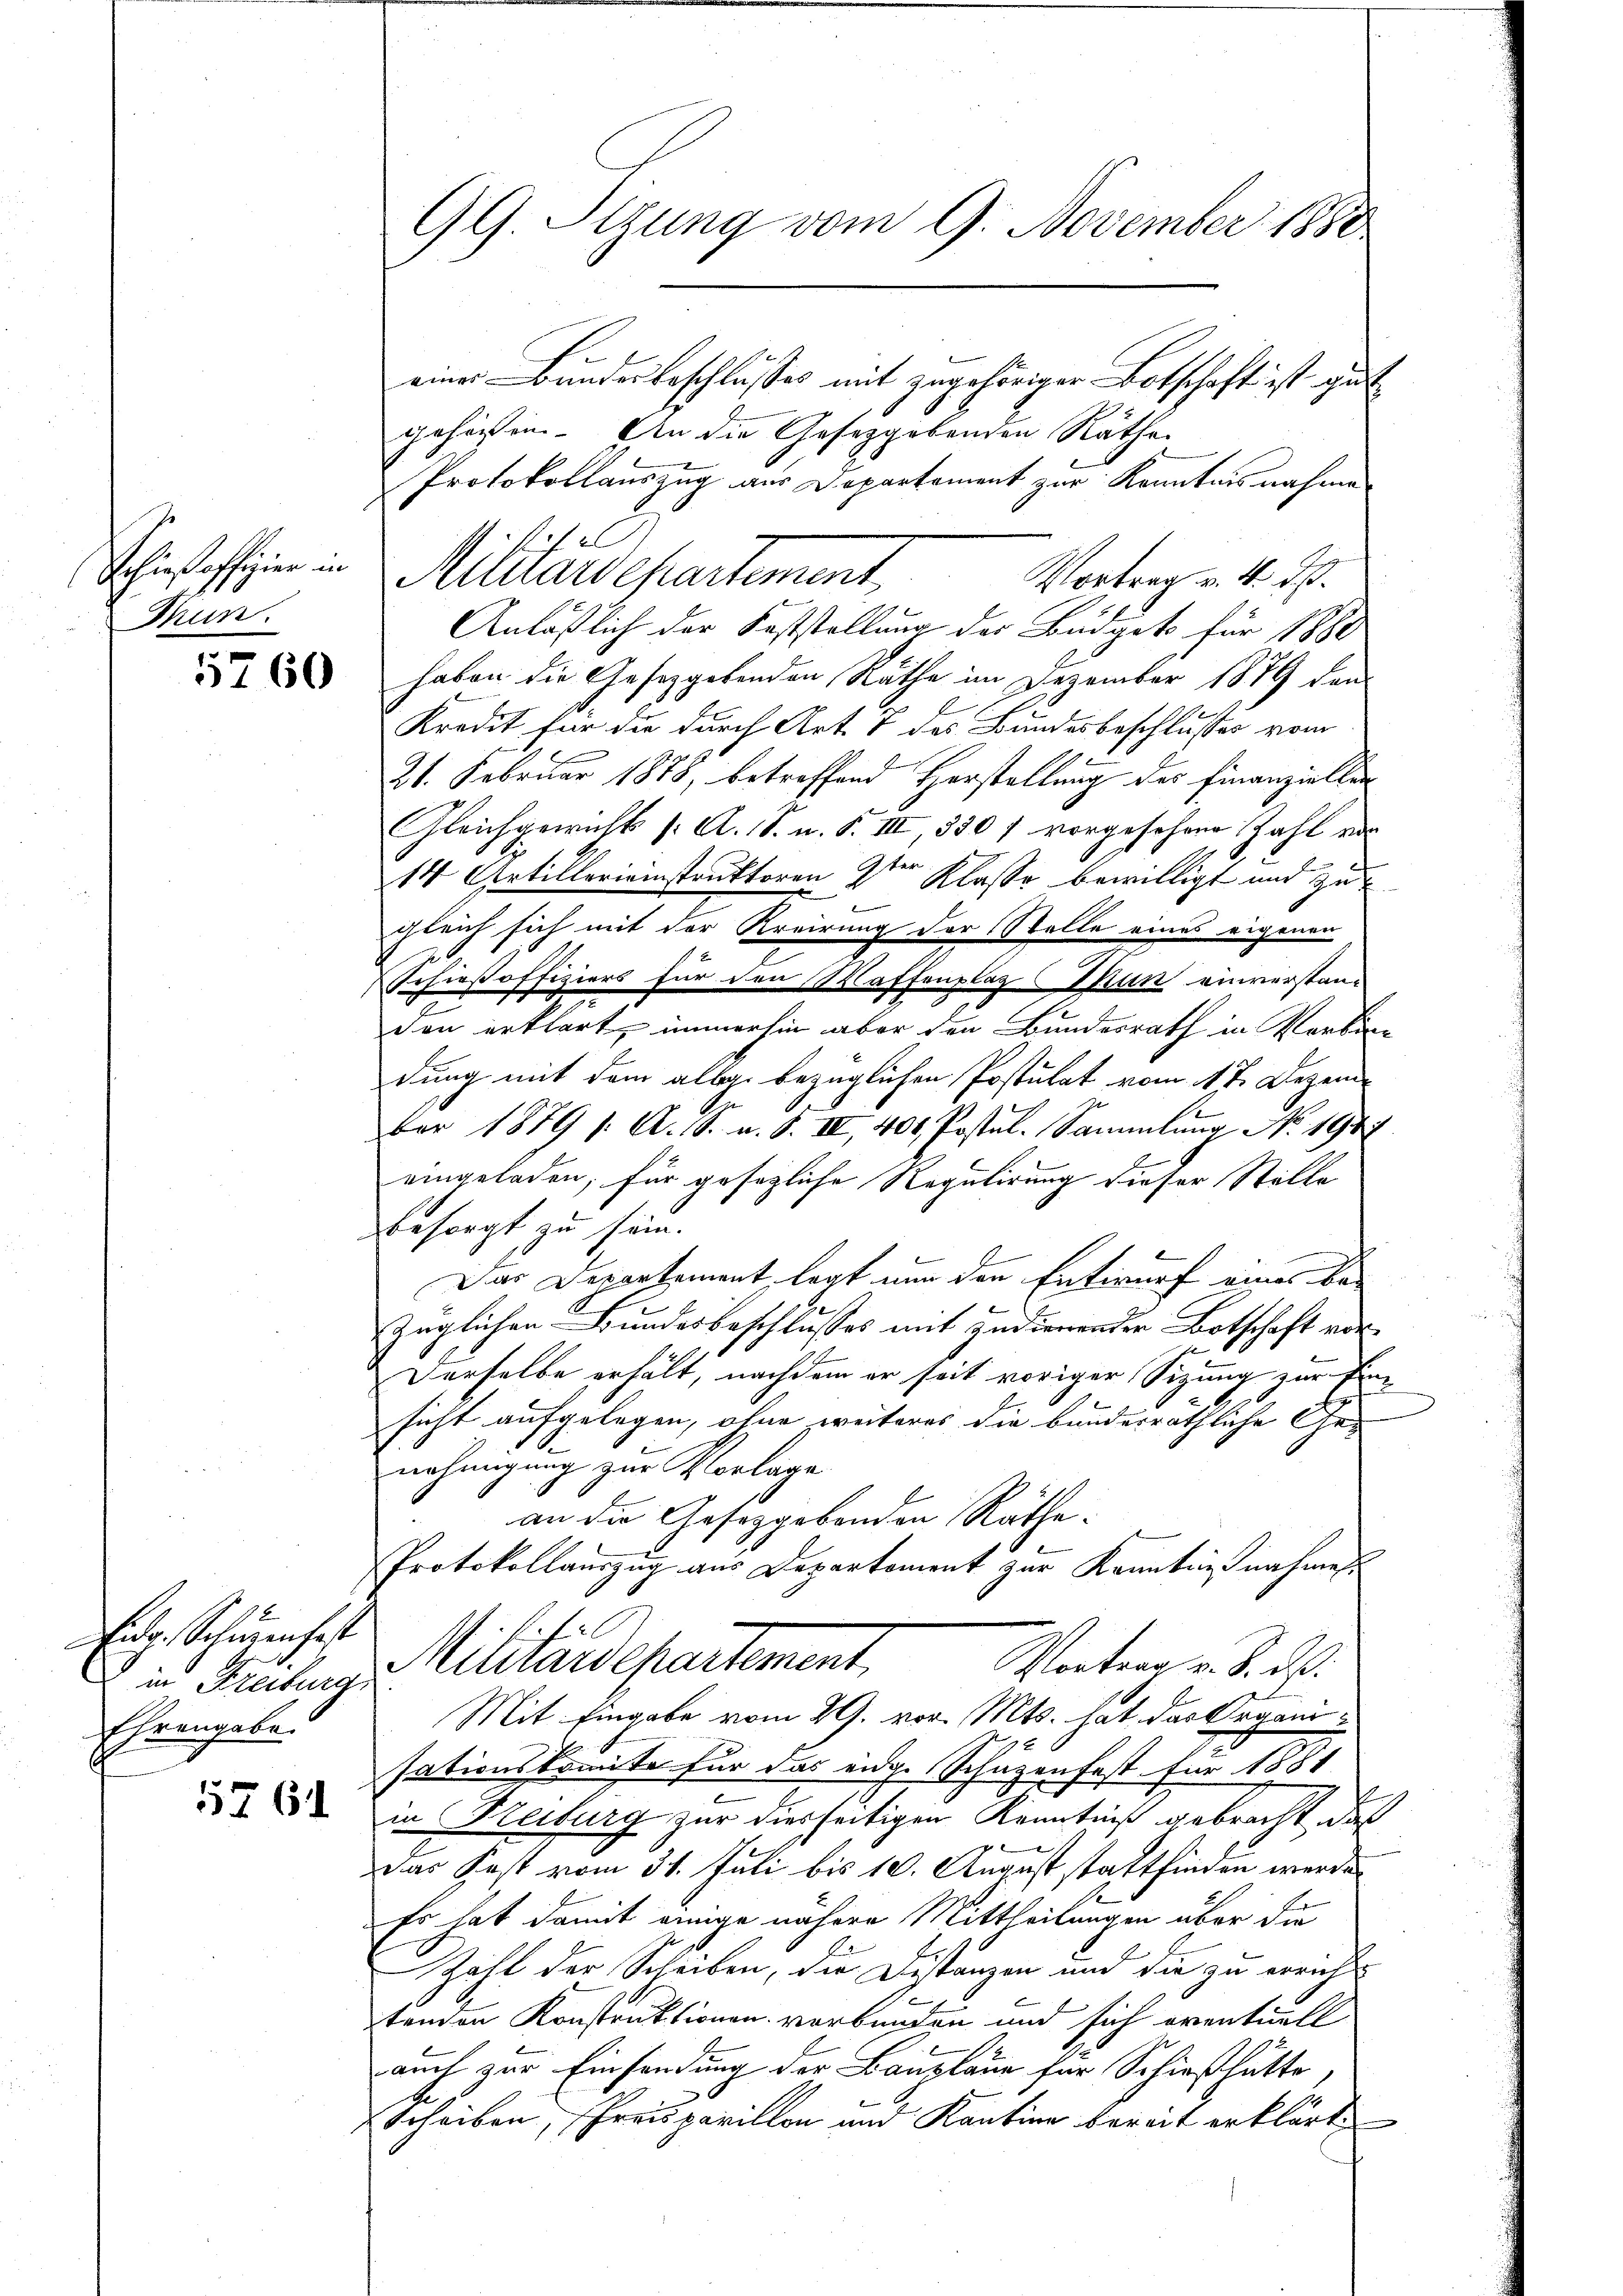
Sohin offizier in
Thun.

5760

Eid. Schmen hast
in Freiburg
Ehrengabe.

5761

einer Bundesbeschlusses mit zugehöriger Botschaft ist gut
gehören. An die Gesetzgebenden Räthe
Protokollauszug aus Departement zur Kenntnisnahme
1 Pf.
Auuardepartement
Vortrag v. 4. ds.
Anläßlich der Feststellung der Budgets für 1880
haben die Gesetzgebenden Räthe im Dezember 1879 den
Kredit für die durch Art. 1 des Bundesbeschlusses vom
21. Februar 1878, betreffend Herstellung des Finanziellen
Gleichgewicht /: A. S. u. S. III, 530 f vorgesehene Zahl ad
14 Artillerinstruktoren 2ten Klasse bewilligt und zu
gleich sich mit der Kreisung der Stelle eines eigenen
Schießoffiziers für den Waffenplaz Man einverstan-
den erklärt, immerhin aber den Bundesrath in Verbin-
dung mit dem allg. bezüglichen Postulat vom 17. Dezember 1879 f. A. S. a. S. IV, 400. Postul. Sammlung No. 1947
eingeladen; für gesezliche Regulirung dieser Stille
besorgt zu sein.
Das Departement legt nun den Entwurf eines bezüglichen Bundesbeschlusses mit Indienender Botschaft vor¬
Derselbe erhält, nachdem er seit voriger Sizung zur Einsicht aufgelegen, ohne weiteres die bundesräthliche Ge-
nehmigung zur Vorlage
an die Gesetzgebenden Räthe.
Protokollauszug aus Departement zur Kenntnisnahmen.
Militärdepartement,
Vortrag v. 8. ds.
Mit Eingabe vom 29. vor. Mts. hat, das Organisationskomite für das enge Schäzenfest für 1881
in Freiburg zur diesseitigen Kenntniß gebracht, daß
Das Kost vom 31. Juli bis 10. August stattfinden werde.
Es hat damit einige nähere Mittheilungen über die
Zahl der Scheiben, die Distanzen und die zu errichts
tenden Konstruktionen verbunden und sich eventuell
auch zur Einsendung der Baupläne für Schieß hätte,
Scheiben, Preispavillon und Kantine bereit erklärt,

GG Sizung vom 9. November 1880